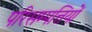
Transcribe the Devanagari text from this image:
परिसम्‍पत्तियों